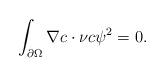
LaTeX: \begin{align*}\int_{\partial\Omega }\nabla c\cdot\nu c\psi^{2}=0.\end{align*}